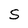
Character: S